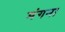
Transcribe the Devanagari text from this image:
मंगना